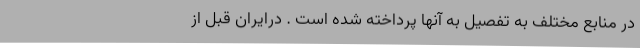
در منابع مختلف به تفصیل به آنها پرداخته شده است . درایران قبل از